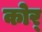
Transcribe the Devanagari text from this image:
कोर्